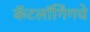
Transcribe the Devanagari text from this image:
कॅटलॉगिंगचे